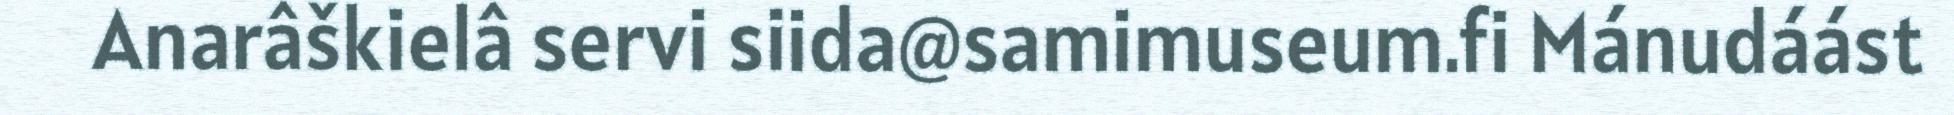
Anarâškielâ servi siida@samimuseum.fi Mánudáást